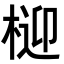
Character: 𭪧